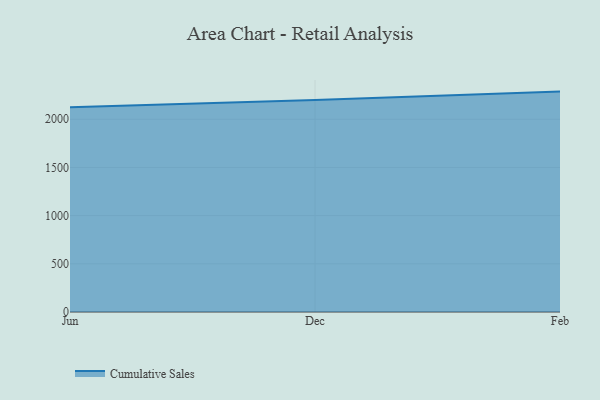
{"axis": {"x": "Month", "y": "Page Views"}, "legend": ["Cumulative Sales"], "data": [{"x": "Jun", "y": 2125.5, "type": "Cumulative Sales"}, {"x": "Dec", "y": 2199.2, "type": "Cumulative Sales"}, {"x": "Feb", "y": 2286.8, "type": "Cumulative Sales"}]}